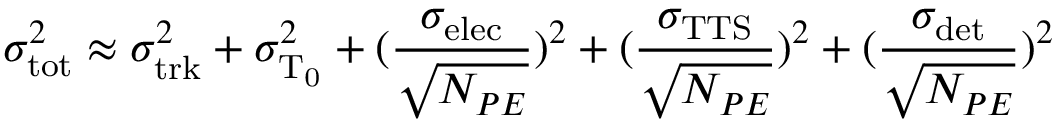
\sigma _ { \mathrm { t o t } } ^ { 2 } \approx \sigma _ { \mathrm { t r k } } ^ { 2 } + \sigma _ { \mathrm { T _ { 0 } } } ^ { 2 } + ( \frac { \sigma _ { \mathrm { e l e c } } } { \sqrt { N _ { P E } } } ) ^ { 2 } + ( \frac { \sigma _ { \mathrm { T T S } } } { \sqrt { N _ { P E } } } ) ^ { 2 } + ( \frac { \sigma _ { \mathrm { d e t } } } { \sqrt { N _ { P E } } } ) ^ { 2 }